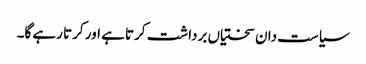
سیاست دان سختیاں برداشت کرتا ہے اور کرتا رہے گا۔